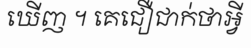
ឃើញ ។ គេជឿជាក់ថាអ្វី